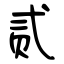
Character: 贰